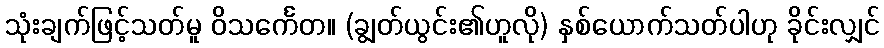
သုံးချက်ဖြင့်သတ်မူ ဝိသင်္ကေတ။ (ချွတ်ယွင်း၏ဟူလို) နှစ်ယောက်သတ်ပါဟု ခိုင်းလျှင်